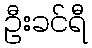
ဦးခင်ရီ